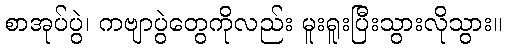
စာအုပ်ပွဲ၊ ကဗျာပွဲတွေကိုလည်း မူးရူးပြီးသွားလိုသွား။